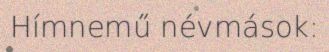
Hímnemű névmások: